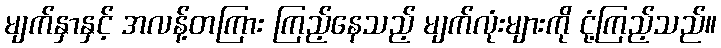
မျက်နှာနှင့် အလန့်တကြား ကြည့်နေသည့် မျက်လုံးများကို ငုံ့ကြည့်သည်။